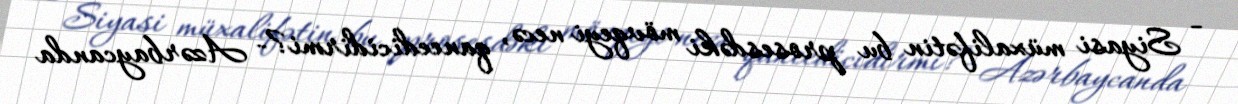
- Siyasi müxalifətin bu prosesdəki mövqeyi necə, qaneedicidirmi?- Azərbaycanda